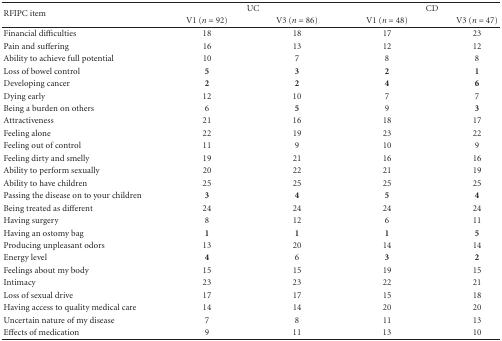
<table><thead><tr><td rowspan="2"><b>RFIPC item</b></td><td colspan="2"><b>UC</b></td><td colspan="2"><b>CD</b></td></tr><tr><td><b>V1 (<i>n</i> = 92)</b></td><td><b>V3 (<i>n</i> = 86)</b></td><td><b>V1 (<i>n</i> = 48)</b></td><td><b>V3 (<i>n</i> = 47)</b></td></tr></thead><tbody><tr><td>Financial difficulties</td><td>18</td><td>18</td><td>17</td><td>23</td></tr><tr><td>Pain and suffering</td><td>16</td><td>13</td><td>12</td><td>12</td></tr><tr><td>Ability to achieve full potential</td><td>10</td><td>7</td><td>8</td><td>8</td></tr><tr><td>Loss of bowel control</td><td><b>5</b></td><td><b>3</b></td><td><b>2</b></td><td><b>1</b></td></tr><tr><td>Developing cancer</td><td><b>2</b></td><td><b>2</b></td><td><b>4</b></td><td><b>6</b></td></tr><tr><td>Dying early</td><td>12</td><td>10</td><td>7</td><td>7</td></tr><tr><td>Being a burden on others</td><td>6</td><td><b>5</b></td><td>9</td><td><b>3</b></td></tr><tr><td>Attractiveness</td><td>21</td><td>16</td><td>18</td><td>17</td></tr><tr><td>Feeling alone</td><td>22</td><td>19</td><td>23</td><td>22</td></tr><tr><td>Feeling out of control</td><td>11</td><td>9</td><td>10</td><td>9</td></tr><tr><td>Feeling dirty and smelly</td><td>19</td><td>21</td><td>16</td><td>16</td></tr><tr><td>Ability to perform sexually</td><td>20</td><td>22</td><td>21</td><td>19</td></tr><tr><td>Ability to have children</td><td>25</td><td>25</td><td>25</td><td>25</td></tr><tr><td>Passing the disease on to your children</td><td><b>3</b></td><td><b>4</b></td><td><b>5</b></td><td><b>4</b></td></tr><tr><td>Being treated as different</td><td>24</td><td>24</td><td>24</td><td>24</td></tr><tr><td>Having surgery</td><td>8</td><td>12</td><td>6</td><td>11</td></tr><tr><td>Having an ostomy bag</td><td><b>1</b></td><td><b>1</b></td><td><b>1</b></td><td><b>5</b></td></tr><tr><td>Producing unpleasant odors</td><td>13</td><td>20</td><td>14</td><td>14</td></tr><tr><td>Energy level</td><td><b>4</b></td><td>6</td><td><b>3</b></td><td><b>2</b></td></tr><tr><td>Feelings about my body</td><td>15</td><td>15</td><td>19</td><td>15</td></tr><tr><td>Intimacy</td><td>23</td><td>23</td><td>22</td><td>21</td></tr><tr><td>Loss of sexual drive</td><td>17</td><td>17</td><td>15</td><td>18</td></tr><tr><td>Having access to quality medical care</td><td>14</td><td>14</td><td>20</td><td>20</td></tr><tr><td>Uncertain nature of my disease</td><td>7</td><td>8</td><td>11</td><td>13</td></tr><tr><td>Effects of medication</td><td>9</td><td>11</td><td>13</td><td>10</td></tr></tbody></table>